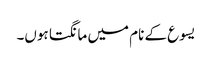
یسوع کے نام میں مانگتا ہوں۔